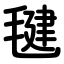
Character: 毽